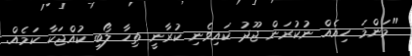
"މަންމަ ހިއެއް ނުކުރަން ޖޫދު ކައިވެނި ކުރާނީ ތިހާ ލޯބި ކުއްޖަކާ ކަމެއް.